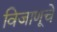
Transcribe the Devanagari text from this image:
विजाणूचे